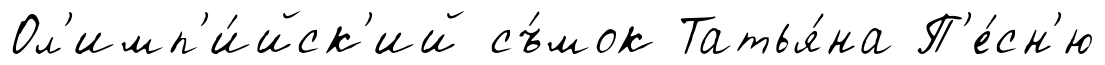
Ол'имп'и́йск'ий съ́мок Татья́на П'е́сн'ю